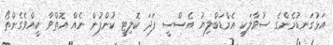
އަޅުގަނޑުމެންގެ ސުވާލަކީ އެމްޑަބްލިޔު އެސްސީ ފަދަ ކޮލިޓީ ކުންފުން ނެއް އޮތްވާ ކީއްވެގެންތޯ